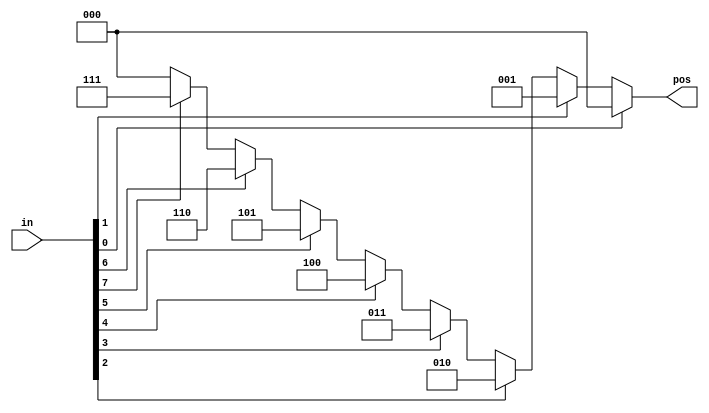
module top_module (
    input [7:0] in,
    output reg [2:0] pos );

    always @(*) begin
        pos = 3'b000; // Default in case no bits are high
        if (in[0])
            pos = 3'b000;
        else if (in[1])
            pos = 3'b001;
        else if (in[2])
            pos = 3'b010;
        else if (in[3])
            pos = 3'b011;
        else if (in[4])
            pos = 3'b100;
        else if (in[5])
            pos = 3'b101;
        else if (in[6])
            pos = 3'b110;
        else if (in[7])
            pos = 3'b111;
    end

endmodule